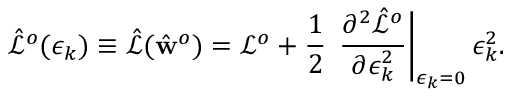
\hat { \mathcal { L } } ^ { o } ( \epsilon _ { k } ) \equiv \hat { \mathcal { L } } ( \hat { \mathbf { w } } ^ { o } ) = \mathcal { L } ^ { o } + \frac { 1 } { 2 } \, \left. \frac { \partial ^ { 2 } \hat { \mathcal { L } } ^ { o } } { \partial \epsilon _ { k } ^ { 2 } } \right| _ { \epsilon _ { k } = 0 } \epsilon _ { k } ^ { 2 } .